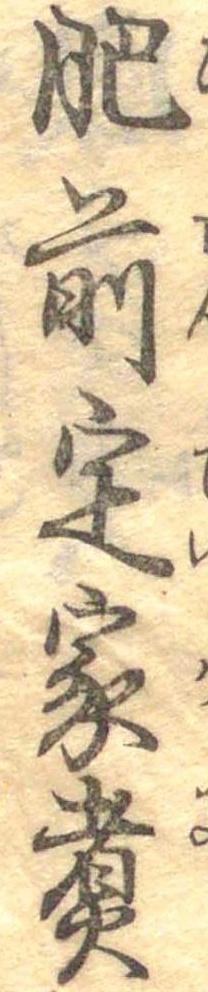
肥前定家煮